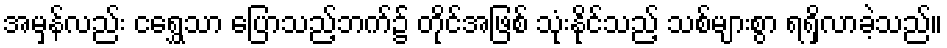
အမှန်လည်း ငရွှေသာ ပြောသည့်ဘက်၌ တိုင်အဖြစ် သုံးနိုင်သည့် သစ်များစွာ ရရှိလာခဲ့သည်။